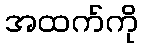
အထက်ကို